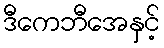
ဒီကေဘီအေနှင့်